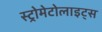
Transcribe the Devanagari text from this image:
स्ट्रोमेटोलाइट्स